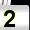
Digit: 2